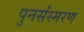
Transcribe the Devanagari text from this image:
पुनर्संस्मरण